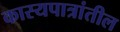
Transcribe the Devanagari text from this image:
कास्यपात्रांतील